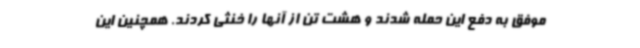
موفق به دفع این حمله شدند و هشت تن از آنها را خنثی کردند. همچنین این